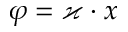
\varphi = \varkappa \cdot x